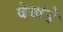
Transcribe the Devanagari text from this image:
वेखंडे